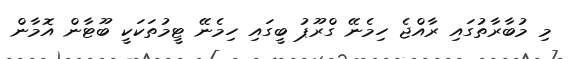
މި މުބާރާތުގައި ރާއްޖެ ހިމެނޭ ގްރޫޕު ބީގައި ހިމެނޭ ޓީމުތަކަކީ ބޫޓާން އޮމާން